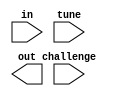
`timescale 1ns / 1ps
//////////////////////////////////////////////////////////////////////////////////
// Company: 
// Engineer: 
// 
// Design Name: 
// Module Name:    PUF_unit 
// Project Name: 
// Target Devices: 
// Tool versions: 
// Description: 
//
// Dependencies: 
//
// Revision: 
// Revision 0.01 - File Created
// Additional Comments: 
//
//////////////////////////////////////////////////////////////////////////////////
module PUF_unit #(parameter N_CB = 64, N = 16)(
    input wire in,
	 input wire [N_CB-1:0] challenge,
	 input wire [N-1:0] tune,
    output wire out
    );


endmodule